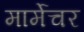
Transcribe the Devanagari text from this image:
मार्मेचर